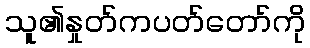
သူ၏နှုတ်ကပတ်တော်ကို